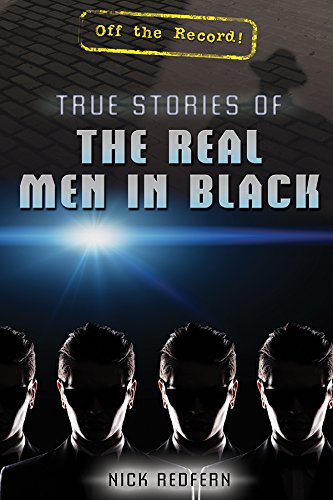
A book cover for True Stories of The Real Men in Black (Off the Record!); Nick Redfern; Teen & Young Adult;